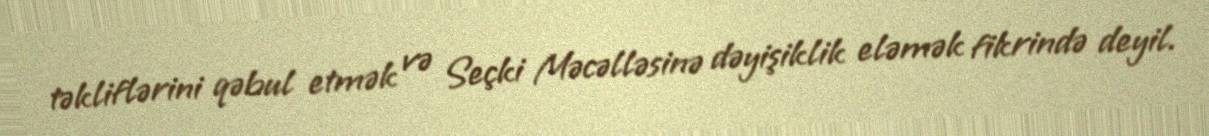
təkliflərini qəbul etmək və Seçki Məcəlləsinə dəyişiklik eləmək fikrində deyil.